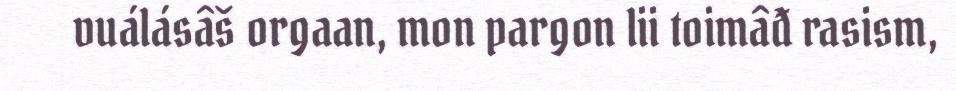
vuálásâš orgaan, mon pargon lii toimâđ rasism,